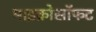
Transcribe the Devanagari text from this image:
माइक्रोसॉफट